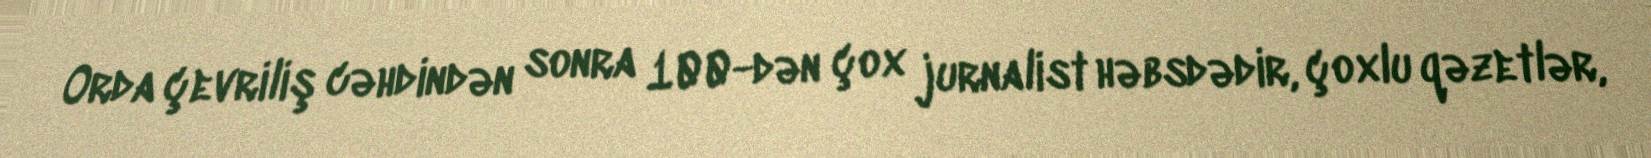
Orda çevriliş cəhdindən sonra 100-dən çox jurnalist həbsdədir, çoxlu qəzetlər,